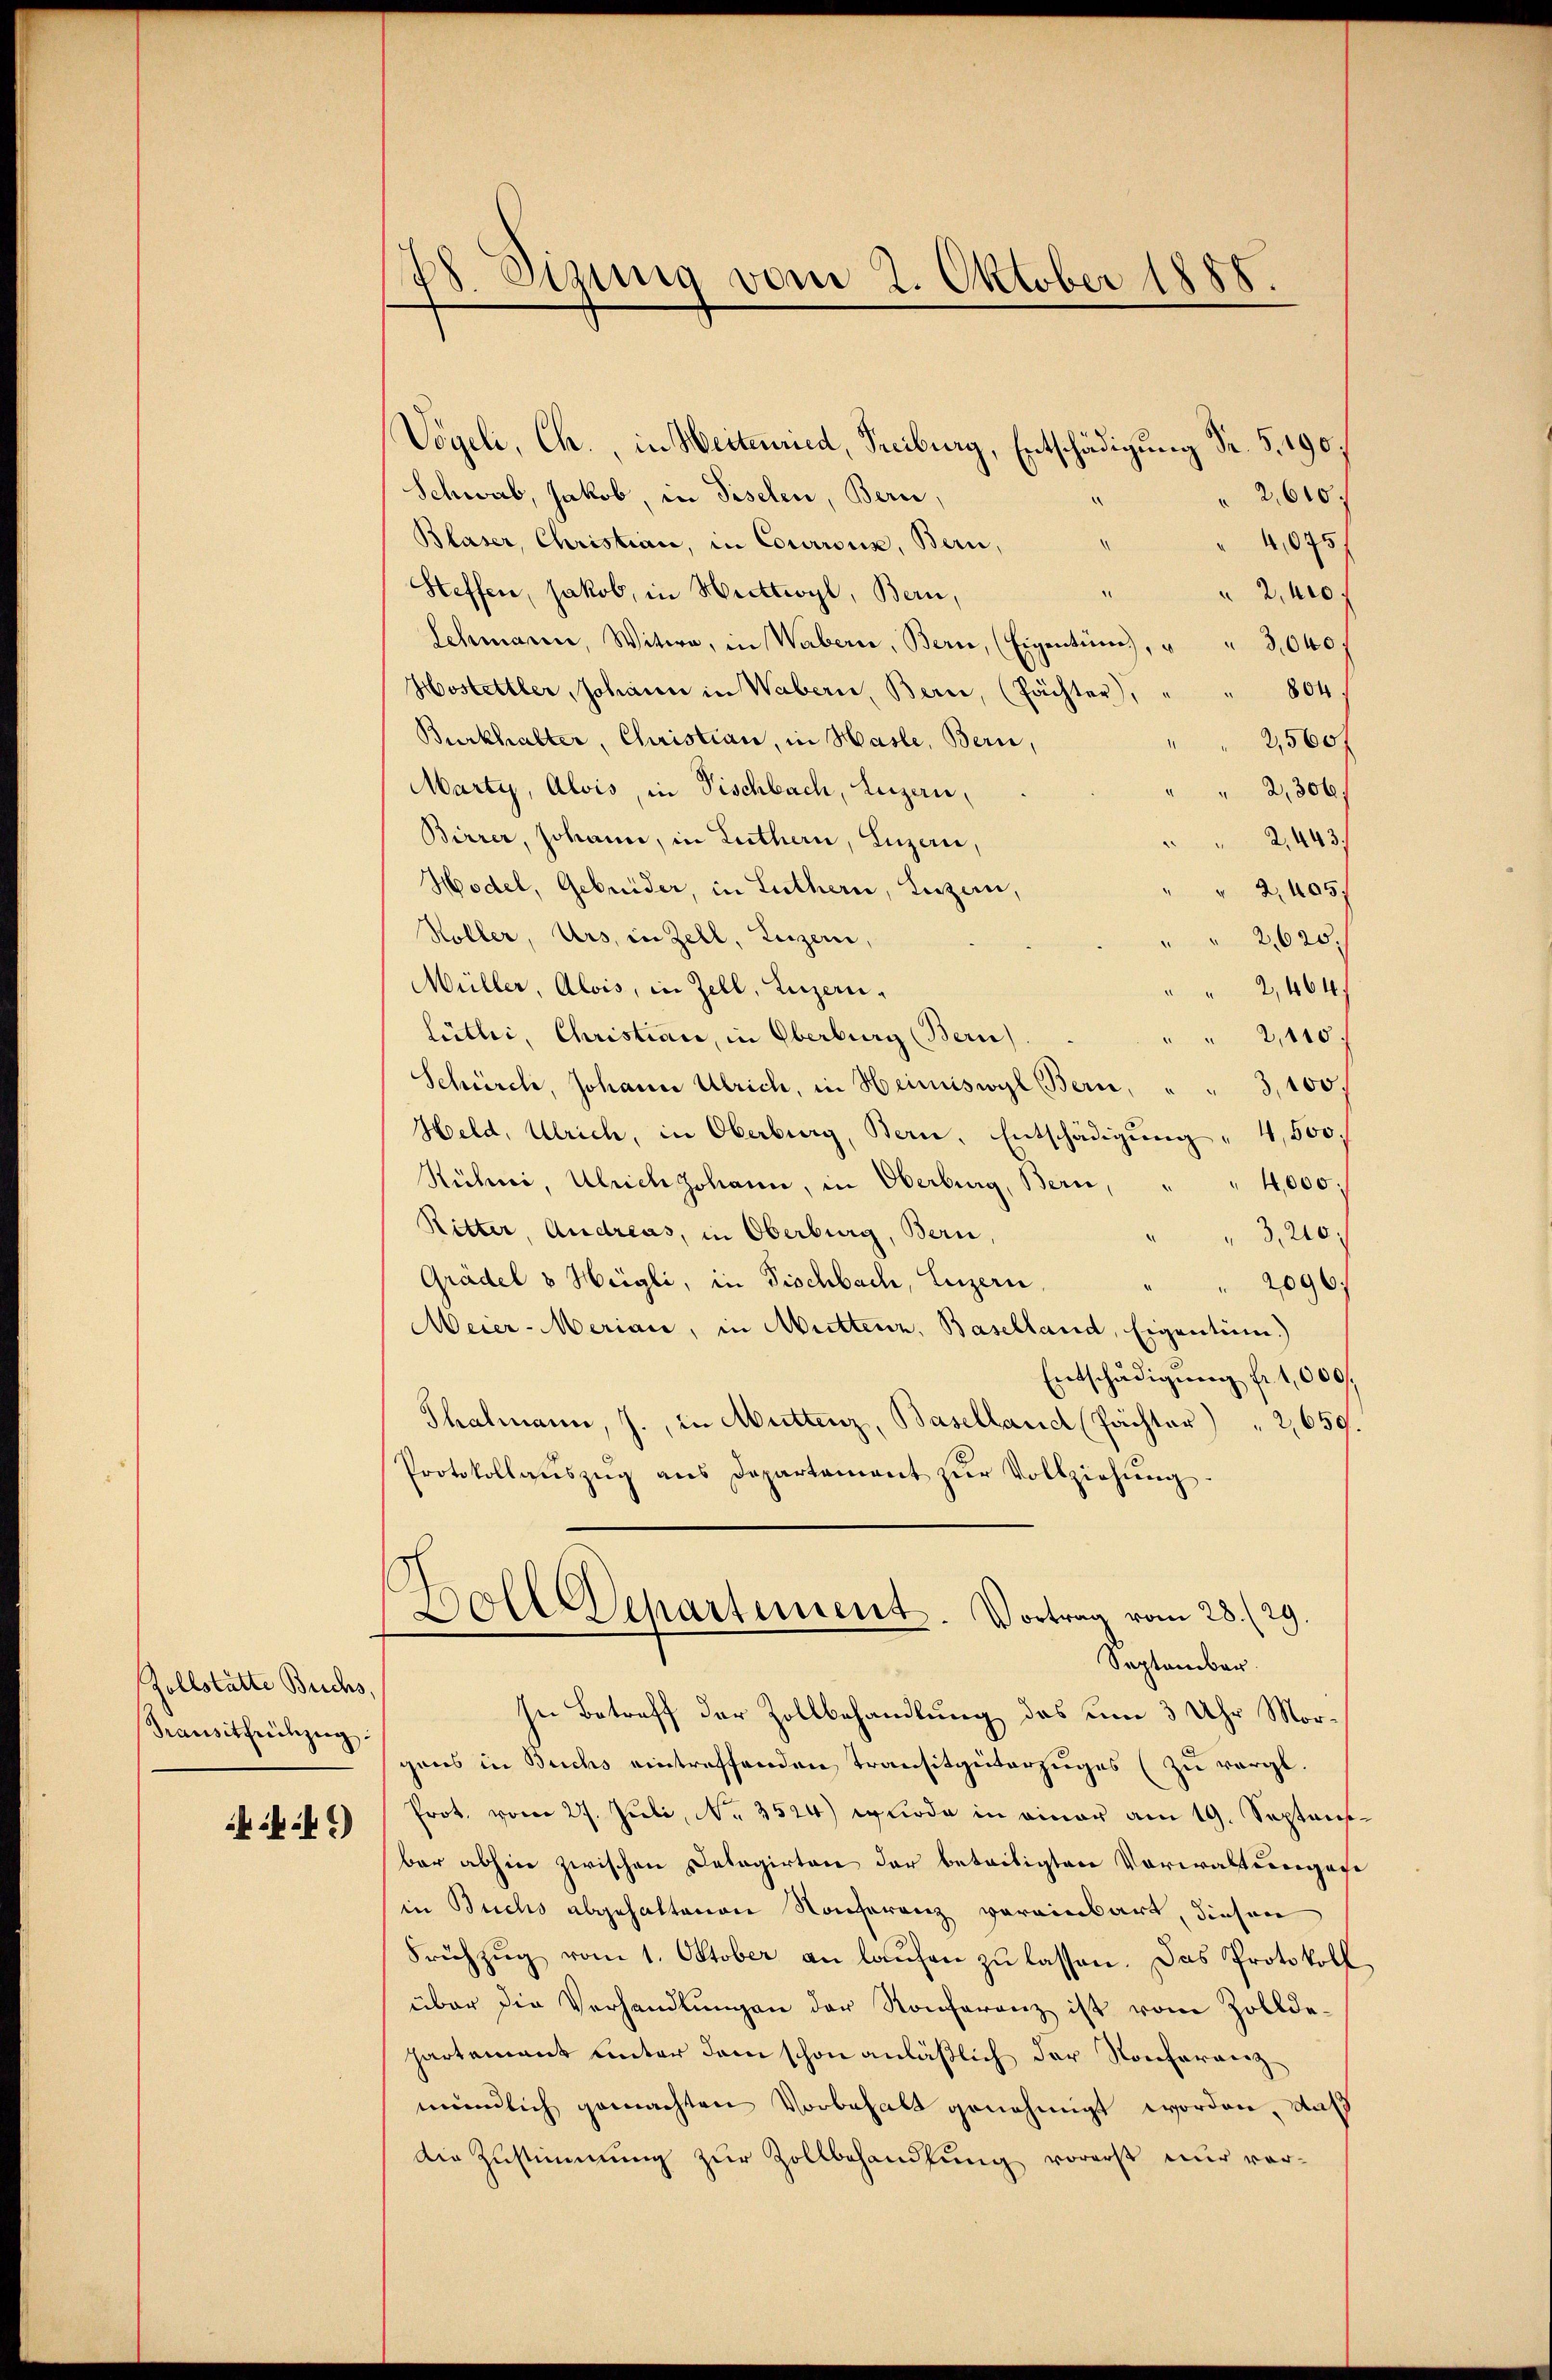
Zollstätte Bruchs,
Transitfühzug
 4)

8 Tigung vom 2. Oktober 1888.

Vögeli, Ch., in Weitenried, Freiburg, Entschädigung Fr. 5. 190
Schwab, Jakob, in Piselen, Bern,
2,640.
Blaser, Christian, in Courrous, Bern,
4,075
Steffen, Jakob, in Hettwyl, Bern,
2,400.
.
Schmann, Witwe, in Wabern, Bern, (Eigentum, " " 3,040.
Hostettler, Johann in Wabern, Bern, (Pächter),
 804
Burkhalter, Christian, in Hasle, Bern,
2,560f
Marty, Alois, in Fischbach, Luzern,
2,306/
Birrer, Johann, in Luthern, Luzern,
2. 443.
Hodel, Gebrüder, in Luthern, Luzern,
" 2, 405,
Höller, Urs, in Zell, Luzern,
2,620.
Müller, Alois, in Zell, Luzern,
" 2, 464
lütter, Christian, in Oberburg (Bern)
" " 2,110.
Schürch, Johann Ulrich, in Heimiswyl Bern, " " 3,100
Held, Ulrich, in Oberburg, Bern, Entschädigŭng " 4,500.
Rühni, Ulrich Johann, in Oberburg, Bern,
4,000.
Ritter, Andreas, in Oberburg, Bern,
3,210
Grädel & Heigli, in Fischbach, Luzern,
2096;
Meier-Merian, in Muttenz, Baselland, Eigentum.)
Entschädigung fr. 1,000.
Thalmann, J., in Muttenz, Baselland (Pächter) " 2,659.
Protokollaŭszŭg ans Departement zŭr Vollziehung
Boll Departement. Vortrag vom 28./29.
e
September.
In Betreff der Zollbehandlung des um 3 Uhr Morgens in Buchs eintreffenden Transitgüterzuges (zu vergl.
Prot. vom 27. Jŭli, Nr. 3524) wurde in einer am 19. Septens
bar abhin zwischen Delagirten der beteitigten Vorwaltungese
in Buchs abgehaltenen Konferenz vereinbart, diesen
Frühzŭg vom 1. Oktober an laŭfen zŭ lassen. Das Protokoll
über die Verhandlungen der Konferenz ist vom Zolldepartement unter dem schon anläßlich der Konferanz
mündlich gemachten Vorbehalt genehmigt worden, daß
Die Zustimmung zur Zollbehandlung vorerst nur vor¬